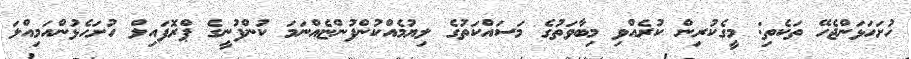
ހުށަހަޅަންޖެހޭ ތަކެތި: މީގެކުރިން ކުރެއްވި މިބާވަތުގެ މަސައްކަތުގެ ލިޔުމެއްކުންފުންޏެއްނަމަ ކުންފުނީގެ ޕްރޮފައިލް ހުށަހެޅުންއަމިއްލަ